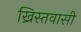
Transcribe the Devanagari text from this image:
ख्रिस्तवासी